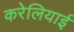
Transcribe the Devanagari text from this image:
करेलियाई